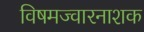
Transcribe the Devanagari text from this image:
विषमज्वारनाशक